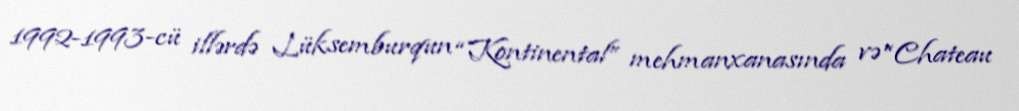
1992-1993-cü illərdə Lüksemburqun “Kontinental” mehmanxanasında və “Chateau